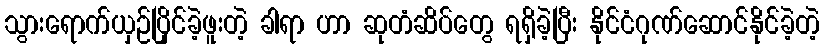
သွားရောက်ယှဉ်ပြိုင်ခဲ့ဖူးတဲ့ ခါရာ ဟာ ဆုတံဆိပ်တွေ ရရှိခဲ့ပြီး နိုင်ငံဂုဏ်ဆောင်နိုင်ခဲ့တဲ့